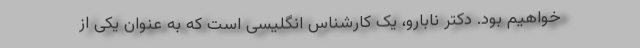
خواهیم بود. دکتر نابارو، یک کارشناس انگلیسی است که به عنوان یکی از